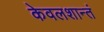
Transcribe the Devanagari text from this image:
केवलशान्तं